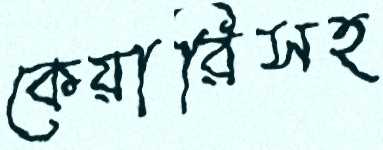
কেয়ারিসহ